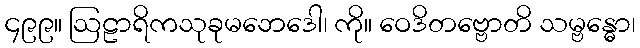
၄၉၉။ ဩဠာရိကသုခုမဘေဒေါ၊ ကို။ ဝေဒိတဗ္ဗောတိ သမ္ဗန္ဓော၊